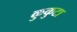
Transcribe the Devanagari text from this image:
कुकुटा